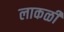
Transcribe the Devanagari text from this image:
लाकळी